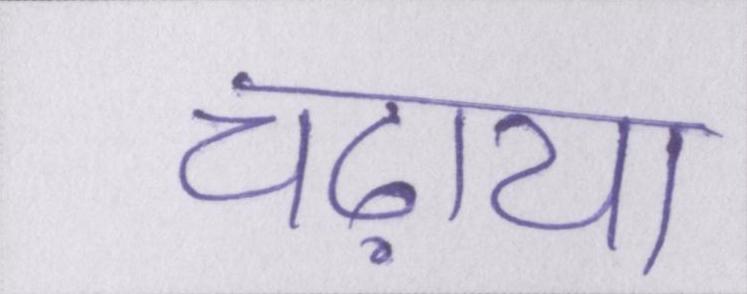
चढ़ाया